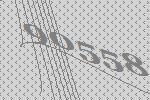
90558